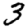
Digit: 3